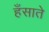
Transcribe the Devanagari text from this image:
हँसाते